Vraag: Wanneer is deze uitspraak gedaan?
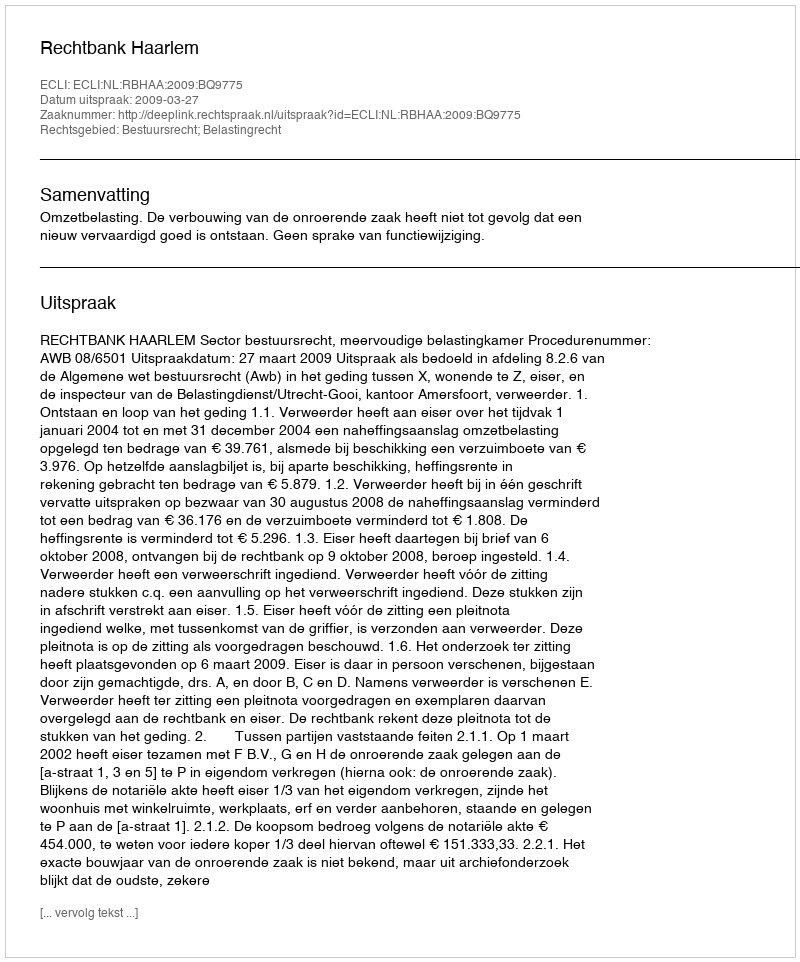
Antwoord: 2009-03-27